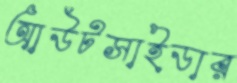
আউটসাইডার